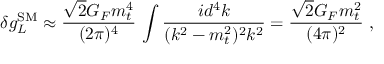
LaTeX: \delta g _ { L } ^ { \mathrm { S M } } \approx \frac { \sqrt { 2 } G _ { F } m _ { t } ^ { 4 } } { ( 2 \pi ) ^ { 4 } } \, \int \frac { i d ^ { 4 } k } { ( k ^ { 2 } - m _ { t } ^ { 2 } ) ^ { 2 } k ^ { 2 } } = \frac { \sqrt { 2 } G _ { F } m _ { t } ^ { 2 } } { ( 4 \pi ) ^ { 2 } } ~ ,